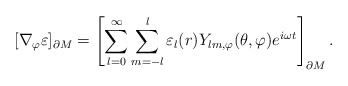
\begin{align*}[\nabla_{\varphi}\varepsilon]_{\partial M}=\left[\sum_{l=0}^{\infty} \sum_{m=-l}^{l} \varepsilon_{l}(r)Y_{lm,\varphi}(\theta,\varphi)e^{i\omega t}\right]_{\partial M}.\end{align*}